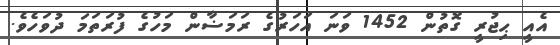
އެއީ ޙިޖުރީ ގޮތުން 1452 ވަނަ އަހަރުގެ ރަމަޟާން މަހުގެ ފުރަތަމަ ދުވަހެވެ.